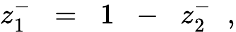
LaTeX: z_{1}^{-}\; \; =\; \; 1\; \; -\; \; z_{2}^{-}\; \; ,